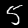
Label: 5